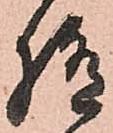
極